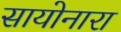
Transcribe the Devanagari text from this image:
सायोनारा